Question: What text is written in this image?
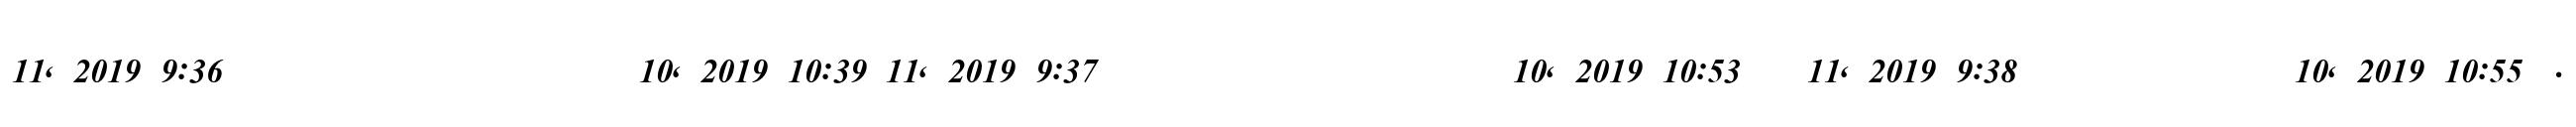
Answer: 11, 2019 9:36 ????????? ??? ??? ????????? 10, 2019 10:39 11, 2019 9:37 ????????? ??? ??? ????????? 10, 2019 10:53 ?? 11, 2019 9:38 ??? ??? ????????? 10, 2019 10:55 ?.